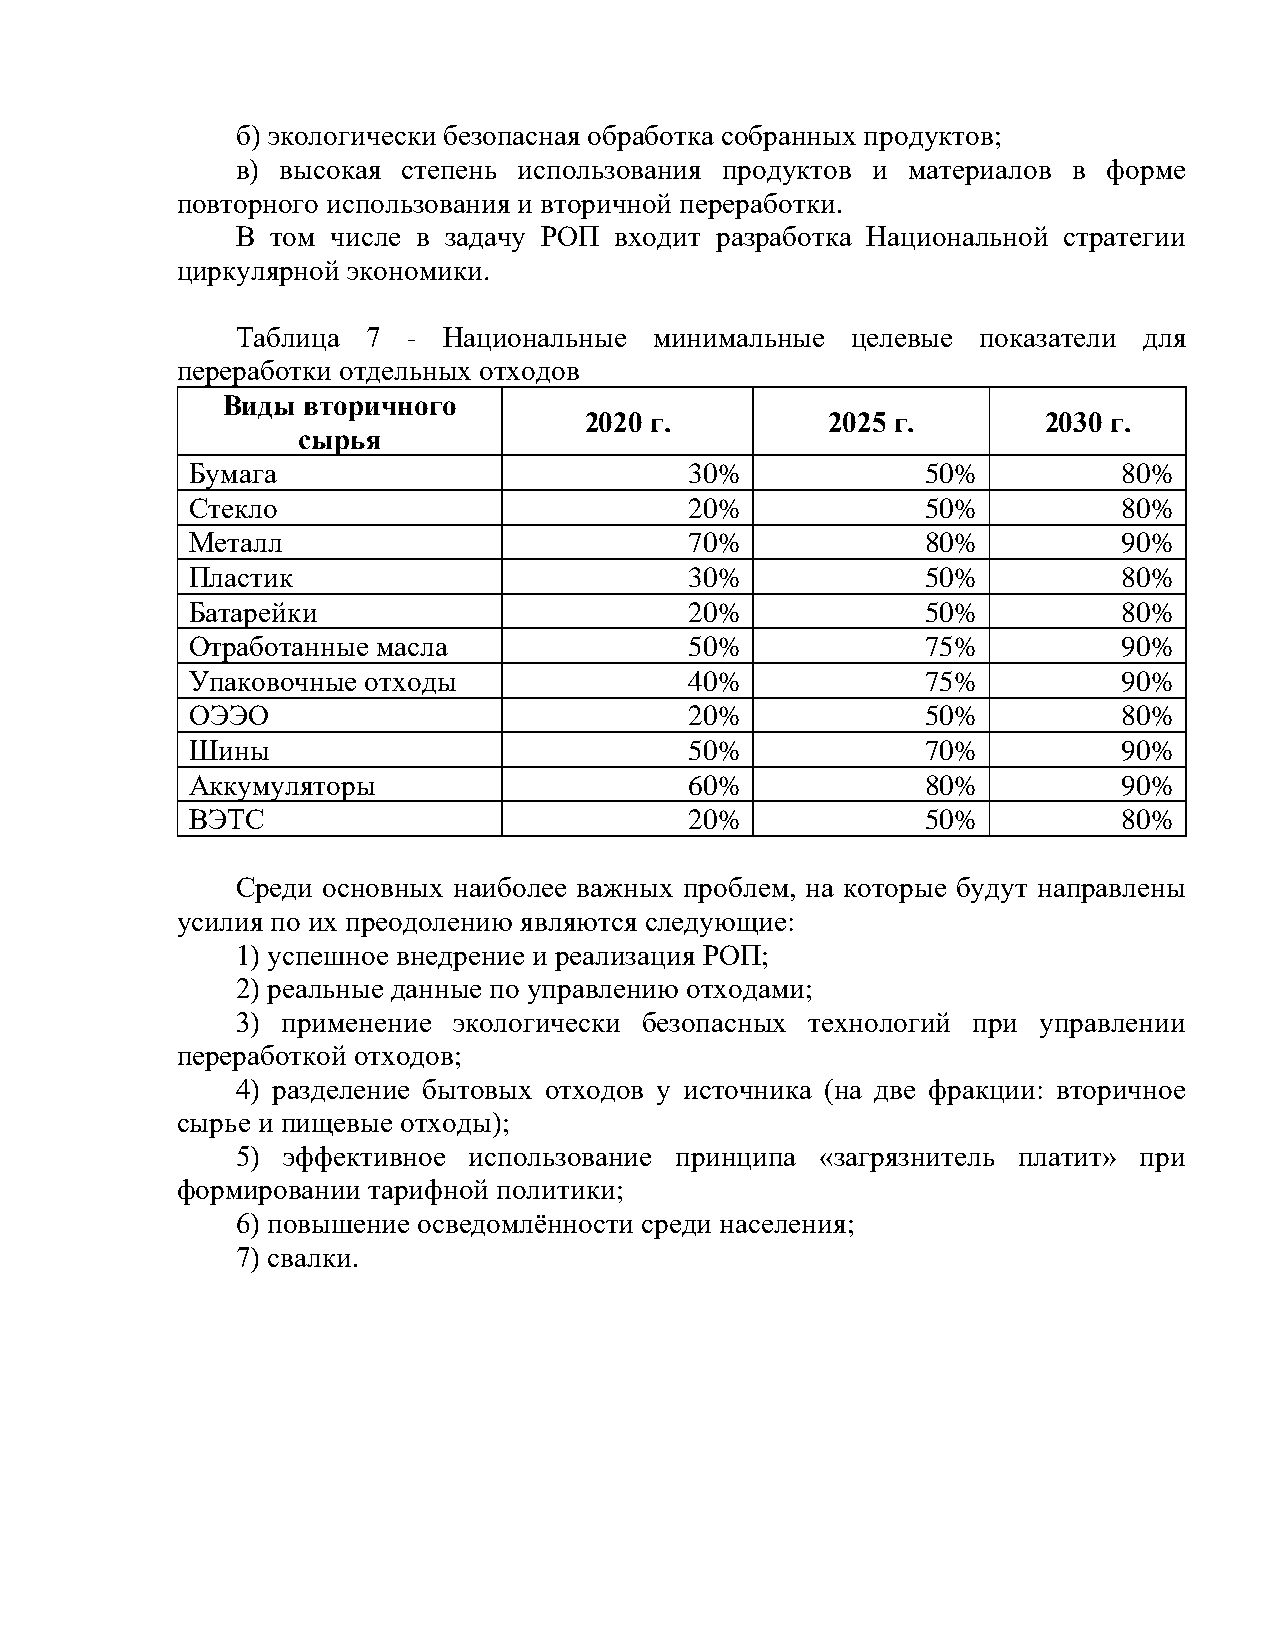
б) экологически безопасная обработка собранных продуктов;
 в) высокая степень использования продуктов и материалов в форме
 повторного использования и вторичной переработки.
 В том числе в задачу РОП входит разработка Национальной стратегии
 циркулярной экономики.
 Таблица 7  - Национальные  минимальные  целевые  показатели для
 переработки отдельных отходов
 Виды вторичного
 2020 г.         2025 г.       2030 г.
 сырья
 Бумага                           30%            50%          80%
 Стекло                           20%            50%          80%
 Металл                           70%            80%          90%
 Пластик                          30%            50%          80%
 Батарейки                        20%            50%          80%
 Отработанные масла               50%            75%          90%
 Упаковочные отходы               40%            75%          90%
 ОЭЭО                             20%            50%          80%
 Шины                             50%            70%          90%
 Аккумуляторы                     60%            80%          90%
 ВЭТС                             20%            50%          80%
 Среди основных наиболее важных проблем, на которые будут направлены
 усилия по их преодолению являются следующие:
 1) успешное внедрение и реализация РОП;
 2) реальные данные по управлению отходами;
 3) применение экологически безопасных технологий при управлении
 переработкой отходов;
 4) разделение бытовых отходов у источника (на две фракции: вторичное
 сырье и пищевые отходы);
 5) эффективное использование принципа «загрязнитель платит» при
 формировании тарифной политики;
 6) повышение осведомлённости среди населения;
 7) свалки.